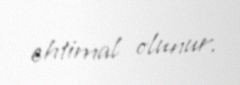
ehtimal olunur.